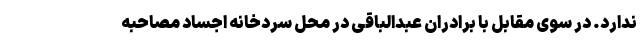
ندارد. در سوی مقابل با برادران عبدالباقی در محل سردخانه اجساد مصاحبه